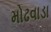
મોઢવાડા